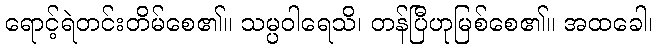
ရောင့်ရဲတင်းတိမ်စေ၏။ သမ္ပဝါရေသိ၊ တန်ပြီဟုမြစ်စေ၏။ အထခေါ၊